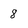
Character: 8